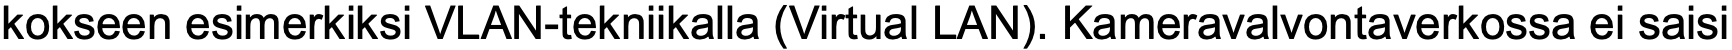
kokseen esimerkiksi VLAN-tekniikalla (Virtual LAN). Kameravalvontaverkossa ei saisi